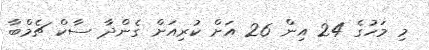
މި މަހުގެ 24 އިން 26 އަށް ކުރިއަށް ގެންދާ ސާކް ޗެމްބާ